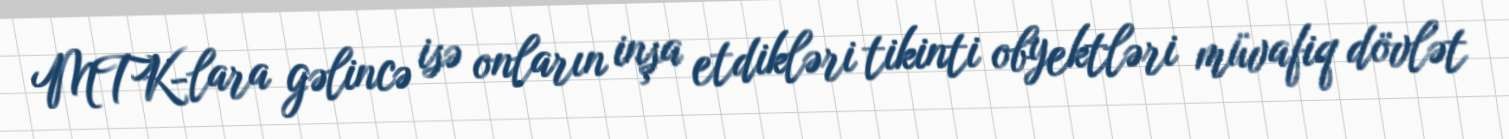
MTK-lara gəlincə isə onların inşa etdikləri tikinti obyektləri müvafiq dövlət